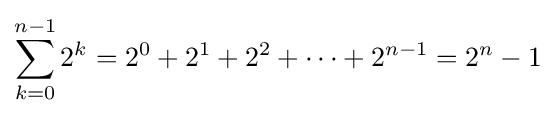
\sum _{k=0}^{n-1}2^{k}=2^{0}+2^{1}+2^{2}+\cdots +2^{n-1}=2^{n}-1